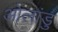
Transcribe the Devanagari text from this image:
ओलांडु